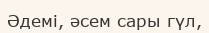
Әдемі, әсем сары гүл,